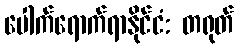
ပေါက်ရောက်ရာနိုင်ငံ: တရုတ်